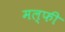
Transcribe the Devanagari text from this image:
मल्फी